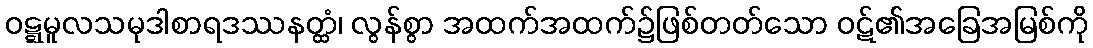
ဝဋ္ဋမူလသမုဒါစာရဒဿနတ္ထံ၊ လွန်စွာ အထက်အထက်၌ဖြစ်တတ်သော ဝဋ်၏အခြေအမြစ်ကို